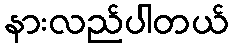
နားလည်ပါတယ်